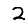
Digit: 2